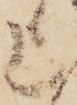
上